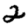
Digit: 2